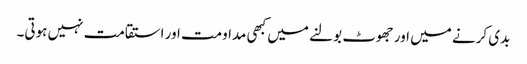
بدی کرنے میں اور جھوٹ بولنے میں کبھی مداومت اور استقامت نہیں ہوتی۔